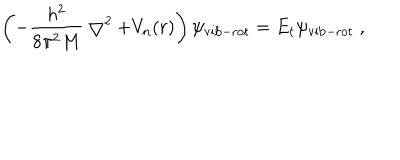
\left( - \frac { h ^ { 2 } } { 8 \pi ^ { 2 } M } \bigtriangledown ^ { 2 } + V _ { n } ( r ) \right) \psi _ { \mathrm { v i b - r o t } } = E _ { t } \psi _ { \mathrm { v i b - r o t } } ~ ,